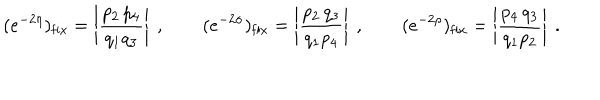
( e ^ { - 2 \eta } ) _ { \mathrm { f i x } } = \left| \frac { p _ { 2 } \, p _ { 4 } } { q _ { 1 } q _ { 3 } } \right| \ , \qquad ( e ^ { - 2 \sigma } ) _ { \mathrm { f i x } } = \left| \frac { p _ { 2 } \, q _ { 3 } } { q _ { 1 } p _ { 4 } } \right| \ , \qquad ( e ^ { - 2 \rho } ) _ { \mathrm { f i x } } = \left| \frac { p _ { 4 } \, q _ { 3 } } { q _ { 1 } p _ { 2 } } \right| \ .